King Institute of Preventive Medicine Micro-Biological Section reports 1909-11
Year: 1909
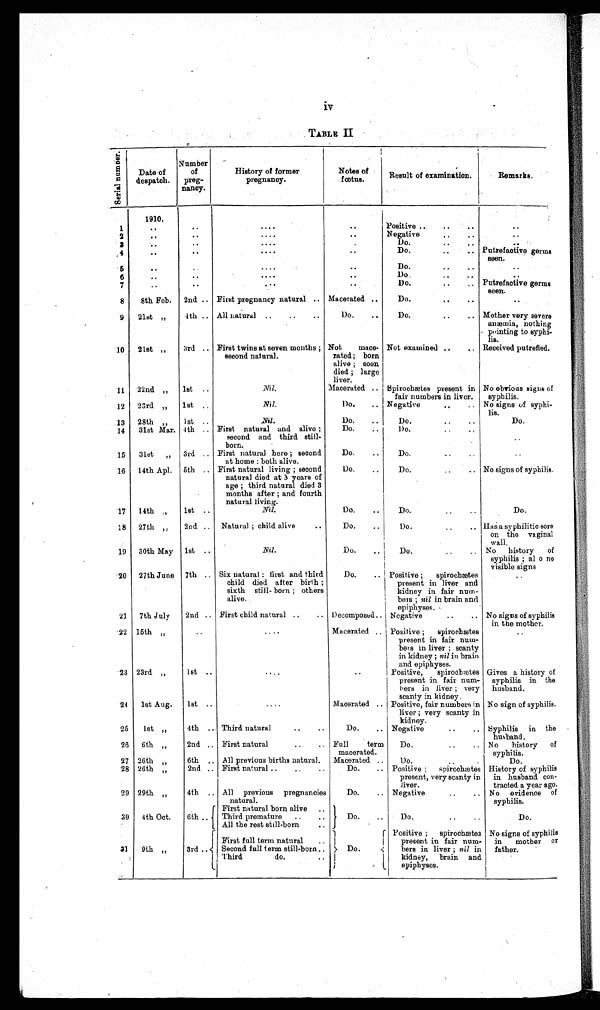
iv
TABLE II
s e r i a l n u m b e r .
Date of
despatch.
Number
of
preg-
nancy.
History of former
pregnancy.
Notes of
fætus.
Result of examination.
Remarks.
1910.
1
..
..
. . . .
..
Positive ..
..
.. ..
2
. .
. .
....
. .
Negative
..
.. ..
3 ..
. .
. . . .
. .
Do.
..
..
. .
4
..
..
. . . .
..
Do.
..
.. Putrefactive germs
seen.
5
. .
..
....
. .
Do.
..
.. ..
6
. .
. .
. . . .
. .
Do.
..
..
. .
7
..
. .
...
..
Do.
..
.. Putrefactive germs
seen.
8
8th Feb. 2nd .. First pregnancy natural .. Macerated ..
Do.
.. ..
..
9
21st „
4th .. All natural ..
..
..
Do.
..
Do.
..
.. Mother very severe
anæmia, nothing
pointing to syphi-
lis.
10
21st „
3rd .. First twins at seven months ;
second natural.
Not mace-
rated; born
alive ; soon
died ; large
liver.
Not examined ..
.. Received putrefied.
11
22nd „ 1st ..
Nil.
Macerated .. Spirochætes present in
fair numbers in liver.
No obvious signs of
syphilis.
12 23rd „
1st ..
Nil.
Do.
.. Negative
..
.. No signs of syphi-
lis.
13 28th
„
1st ..
Nil.
Do.
..
Do.
..
..
Do.
..
..
14
31st Mar. 4th .. First natural and alive ;
second and third still-
born.
Do.
..
..
Do.
..
..
..
15 31st „ 3rd .. First natural here ; second
at home : both alive.
Do.
..
Do.
..
..
..
16 14th Apl. 5th .. First natural living ; second
natural died at 3 years of
age ; third natural died 3
months after ; and fourth
natural living.
Do.
..
Do.
..
.. No signs of syphilis.
17 14th ,,
1st ..
Nil.
Do.
..
Do.
..
..
Do.
18 27th „
2nd .. Natural ; child alive
..
Do.
..
Do.
..
.. Has a syphilitic sore
on the vaginal
wall.
19 30th May 1st ..
N i l .
Do.
..
Do.
..
.. No history of
syphilis ; al o no
visible signs
20 27th June 7th .. Six natural : first and third
child died after birth ;
sixth still-born ; others
alive.
Do.
.. Positive ; spiroehætes
present in liver and
kidney in fair num-
bars ; nil in brain and
epiphyses.
..
21 7th July 2nd .. First child natural ..
.. Decomposed.. Negative
..
.. No signs of syphilis
in the mother.
22 15th „
..
....
Macerated .. Positive ; spiroehætes
present in fair num-
bers in liver ; scanty
in kidney ; nil in brain
and epiphyses.
..
23 23rd „
1st ..
....
..
Positive, spirochætes
present in fair num-
bers in liver ; very
scanty in kidney.
Gives a history of
syphilis in the
husband.
24 1st Aug. 1st ..
. . . .
Macerated .. Positive, fair numbers in
liver ; very scanty in
kidney.
No sign of syphilis.
25 1st „
4th .. Third natural
..
..
Do.
.. Negative
..
.. Syphilis in the
husband.
26 6th „
2nd .. First natural
..
.. Full term
macerated.
Do.
..
.. No history of
syphilis.
27 26th „
6th .. All previous births natural. Macerated ..
Do..
..
..
Do.
28 26th „
2nd .. First natural ..
..
..
Do.
.. Positive ; spirochætes
present, very scanty in
liver.
History of syphilis
in husband con-
tracted a year ago.
29 29th „
4th .. All previous pregnancies
natural.
Do.
.. Negative
..
.. No evidence of
syphilis.
30 4th Oct.
6th ..
First natural born alive.
.
Third premature ..
All the rest still-born..
Do.
..
Do.
..
..
Do.
31 9th „
3rd ..
First full term natural..
Second full term still-born ..
Third
do.
..
Do.
Positive ; spirochætes
present in fair num-
b ers in liver ; nil in
kidney, brain and
epiphyses.
No signs of syphilis
in mother or
father.